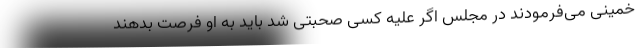
خمینی می‌فرمودند در مجلس اگر علیه کسی صحبتی شد باید به او فرصت بدهند